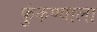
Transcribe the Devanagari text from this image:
फुंकण्याला